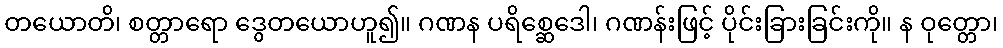
တယောတိ၊ စတ္တာရော ဒွေတယောဟူ၍။ ဂဏန ပရိစ္ဆေဒေါ၊ ဂဏန်းဖြင့် ပိုင်းခြားခြင်းကို။ န ဝုတ္တော၊